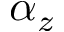
\alpha _ { z }